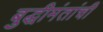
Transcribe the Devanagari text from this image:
बुद्धीमंतांची